Note on the mental hospitals in Burma - 1925-1940
Year: 1925
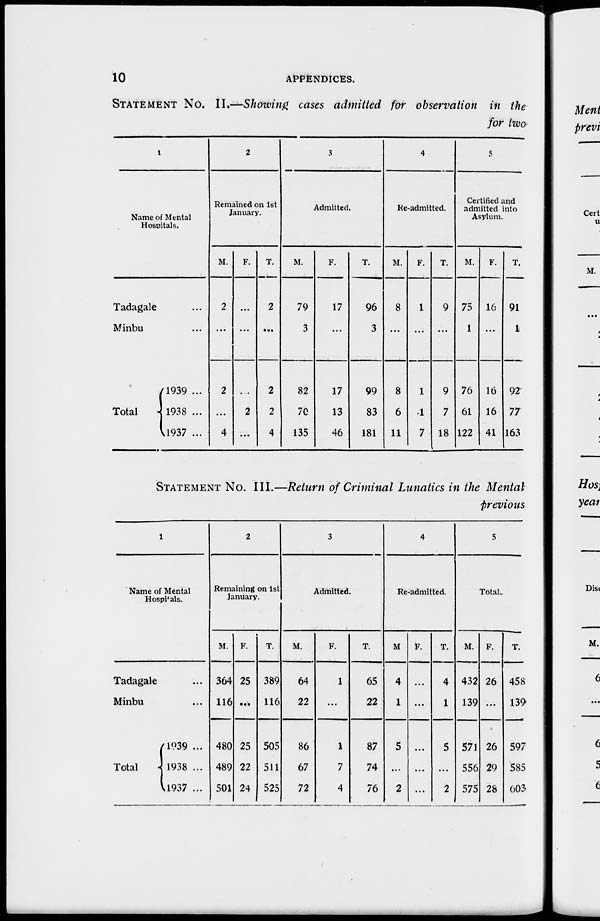
10
APPENDICES.
STATEMENT NO .—Showing cases admitted for observation in the
for two
1
Name of Mental
Hospitals.
Tadagale ...
Minbu ...
Total
1939 ...
1938 ...
1937 ...
2
Remained on 1st
January.
M.
2
...
2
...
4
F.
...
...
...
2
...
T.
2
...
2
2
4
3
Admitted.
M.
79
3
82
70
135
F.
17
...
17
13
46
T.
96
3
99
83
181
4
Re-admitted.
M.
8
...
8
6
11
F.
1
...
1
1
7
T.
9
...
9
7
18
5
Certified and
admitted into
Asylum.
M.
75
1
76
61
122
F.
16
...
16
16
41
T.
91
1
92
77
163
STATEMENT NO. III.—Return of Criminal Lunatics in the Mental
previous
1
Name of Mental
Hospitals.
Tadagale ...
Minbu ...
Total
1939 ...
1938 ...
1937 ...
2
Remaining on 1st
January.
M.
364
116
480
489
501
F.
25
...
25
22
24
T.
389
116
505
511
525
3
Admitted.
M.
64
22
86
67
72
F.
1
...
1
7
4
T.
65
22
87
74
76
4
Re-admitted.
M
4
1
5
...
2
F.
...
...
...
...
...
T.
4
1
5
...
2
5
Total.
M.
432
139
571
556
575
F.
26
...
26
29
28
T.
458
139
597
585
603